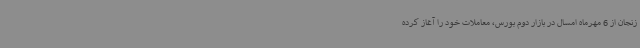
زنجان از 6 مهرماه امسال در بازار دوم بورس، معاملات خود را آغاز کرده